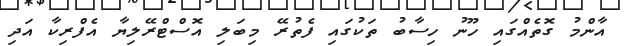
އާންމު ގޮތެއްގައި ހޫނު ހިސާބު ތަކުގައި ފެތުރޭ މިބަލި އޮސްޓްރޭލިޔާ އެފްރިކާ އަދި